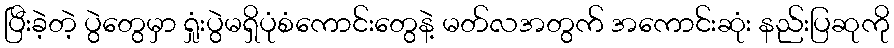
ပြီးခဲ့တဲ့ ပွဲတွေမှာ ရှုံးပွဲမရှိပုံစံကောင်းတွေနဲ့ မတ်လအတွက် အကောင်းဆုံး နည်းပြဆုကို